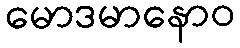
မောဒမာနောဝ